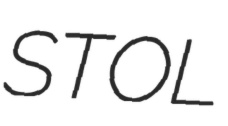
STOL